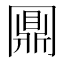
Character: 𠕪